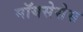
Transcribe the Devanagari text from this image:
मॉयसेसेस